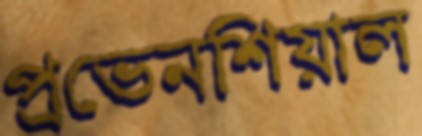
প্রভেনশিয়াল